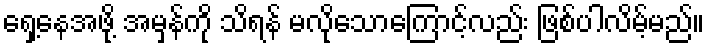
ရှေ့နေအဖို့ အမှန်ကို သိရန် မလိုသောကြောင့်လည်း ဖြစ်ပါလိမ့်မည်။